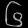
Digit: ၆